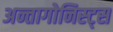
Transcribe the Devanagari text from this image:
अन्तागोनिस्ट्स